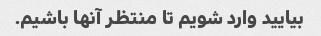
بیایید وارد شویم تا منتظر آنها باشیم.